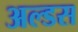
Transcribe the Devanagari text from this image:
अल्डस